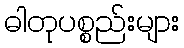
ဓါတုပစ္စည်းများ